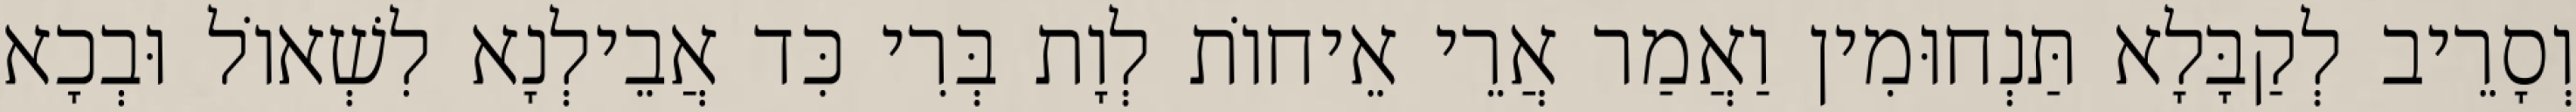
וְסָרֵיב לְקַבָּלָא תַּנְחוּמִין וַאֲמַר אֲרֵי אֵיחוֹת לְוָת בְּרִי כִּד אֲבֵילְנָא לִשְׁאוֹל וּבְכָא